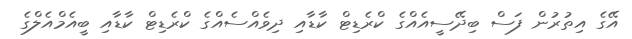
އޭގެ އިތުރުން ފަސް ބިދޭސީއެއްގެ ކްރެޑިޓް ކާޑާއި ދިވެއްސެއްގެ ކްރެޑިޓް ކާޑާއި ބީއެމްއެލްގެ